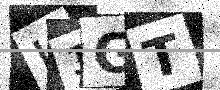
Text: U1GT